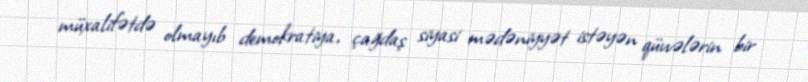
müxalifətdə olmayıb demokratiya, çağdaş siyasi mədəniyyət istəyən qüvvələrin bir